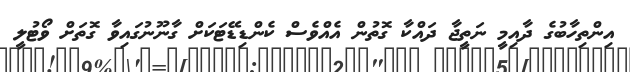
އިންތިހާބުގެ ދާއިމީ ނަތީޖާ ދައްކާ ގޮތުން އެއްވެސް ކެންޑިޑޭޓަކަށް ގާނޫނުގައިވާ ގޮތަށް ވޯޓުލީ